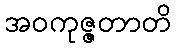
အဝကုဇ္ဇတာတိ